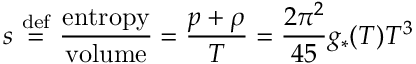
s \ { \stackrel { \mathrm { d e f } } { = } } \ { \frac { \mathrm { e n t r o p y } } { \mathrm { v o l u m e } } } = { \frac { p + \rho } { T } } = { \frac { 2 \pi ^ { 2 } } { 4 5 } } g _ { * } ( T ) T ^ { 3 }